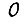
Digit: 0